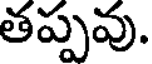
తప్పవు.